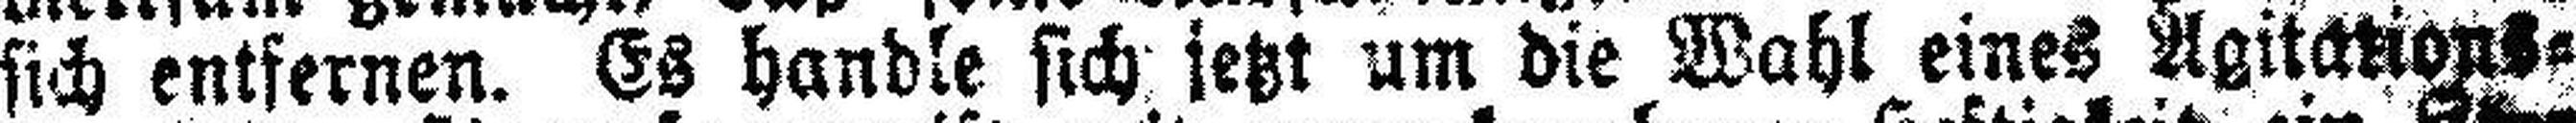
sich entfernen. Es handle sich jetzt um die Wahl eines Agitations¬